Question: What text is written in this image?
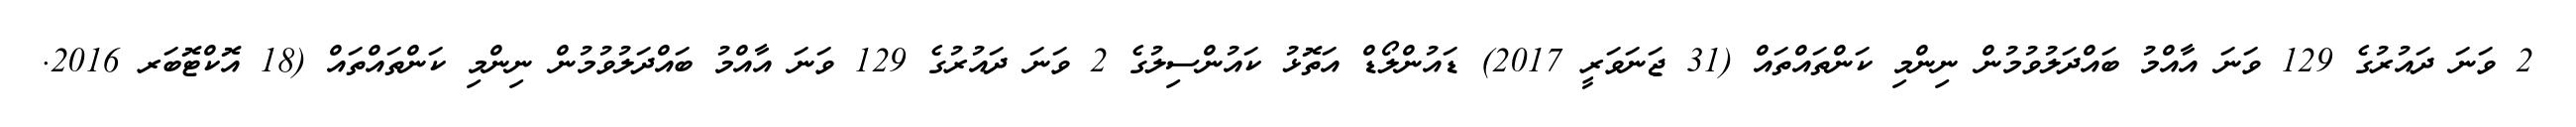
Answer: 2 ވަނަ ދައުރުގެ 129 ވަނަ އާއްމު ބައްދަލުވުމުން ނިންމި ކަންތައްތައް (31 ޖަނަވަރީ 2017) ޑައުންލޯޑް އަތޮޅު ކައުންސިލުގެ 2 ވަނަ ދައުރުގެ 129 ވަނަ އާއްމު ބައްދަލުވުމުން ނިންމި ކަންތައްތައް (18 އޮކްޓޮބަރ 2016.